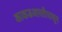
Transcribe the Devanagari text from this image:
काकडआरतीपासून